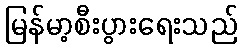
မြန်မာ့စီးပွားရေးသည်